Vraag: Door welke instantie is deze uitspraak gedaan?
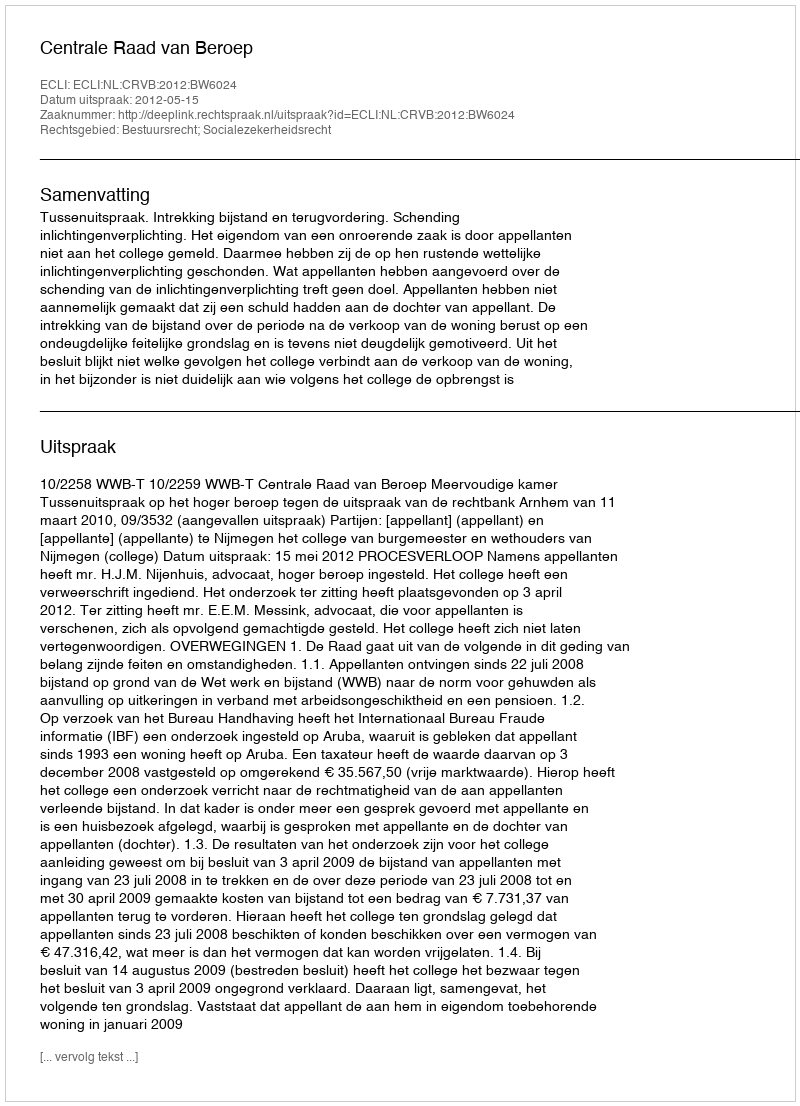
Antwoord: Centrale Raad van Beroep